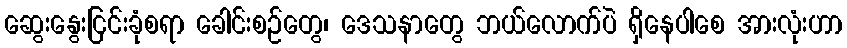
ဆွေးနွေးငြင်းခုံစရာ ခေါင်းစဉ်တွေ၊ ဒေသနာတွေ ဘယ်လောက်ပဲ ရှိနေပါစေ အားလုံးဟာ